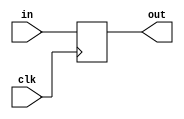
// =============================================================================
// Company      : University of Glasgow
// 
// Design Name  : 
// Module Name  : delayline_z1
// Project Name : TyTra
// Target Devices: Stratix V (D5/D8) 
//
// Tool versions: 
// Dependencies : 
//
// Revision     : 
// Revision 0.01. File Created
// 
// =============================================================================

// =============================================================================
// General Description
// -----------------------------------------------------------------------------
// A TyTra Pipeline compliant delay line (delay = 1 clock cycle)
// [A more generic N-cycle delay line will replace this later TODO]
//==============================================================================

module delayline_z1
#(
// =============================================================================
// ** Parameters 
// =============================================================================
// Size of word 
  parameter W = 1 
)

(
// =============================================================================
// ** Ports 
// =============================================================================
  input           clk,

  output reg [W-1:0]  out,
  input      [W-1:0]  in
);

// =============================================================================
// ** Procedures and assignments
// =============================================================================
//registered inputs for pipelining stage
always @(posedge clk) 
  out <= in;

endmodule